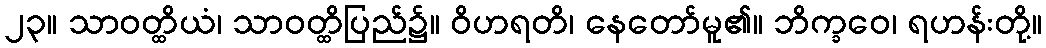
၂၃။ သာဝတ္ထိယံ၊ သာဝတ္ထိပြည်၌။ ဝိဟရတိ၊ နေတော်မူ၏။ ဘိက္ခဝေ၊ ရဟန်းတို့။